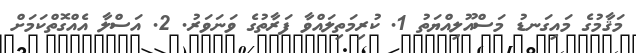
މަޤާމުގެ މައިގަނޑު މަސްއޫލިއްޔަތު 1. ކުރިމަތިލައްވާ ފަރާތުގެ ވަނަވަރު. 2. އަސްލާ އެއްގޮތްކަމަށް